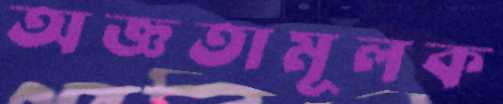
অজ্ঞতামূলক